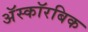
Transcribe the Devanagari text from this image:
अॅस्कॉरबिक